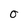
Character: O